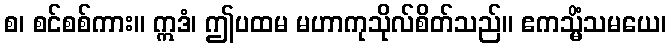
စ၊ စင်စစ်ကား။ ဣဒံ၊ ဤပထမ မဟာကုသိုလ်စိတ်သည်။ ဧကသ္မိံသမယေ၊